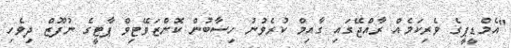
"އެމްޑީޕީގެ ވެރިކަމެއް ރާއްޖޭގައި ގާއިމް ކުރެވުނު ހިސާބުން ކޮންޒަވޭޓިވް ޕާޓީގެ ނުފޫޒް ދިވެހި